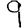
Digit: 9